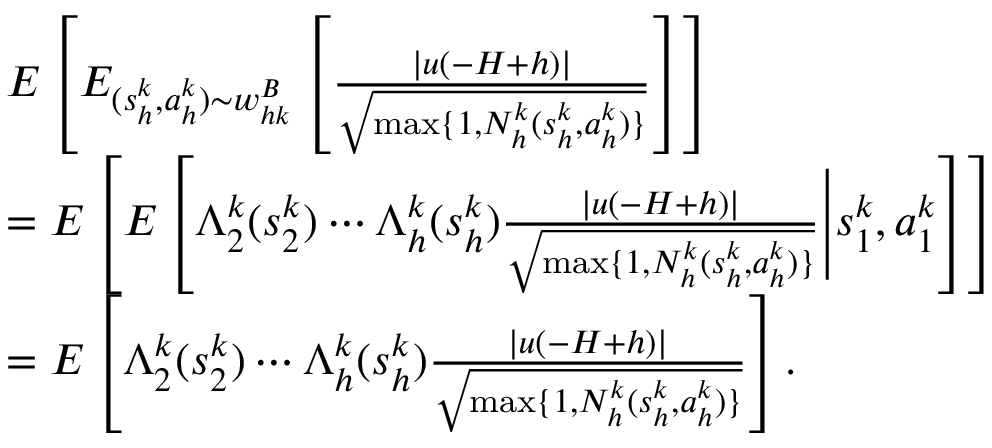
\begin{array} { r l } & { E \left[ E _ { ( s _ { h } ^ { k } , a _ { h } ^ { k } ) \sim w _ { h k } ^ { B } } \left[ \frac { \vert u ( - H + h ) \vert } { \sqrt { \operatorname* { m a x } \{ 1 , N _ { h } ^ { k } ( s _ { h } ^ { k } , a _ { h } ^ { k } ) \} } } \right] \right] } \\ & { = E \left[ E \left[ \Lambda _ { 2 } ^ { k } ( s _ { 2 } ^ { k } ) \cdots \Lambda _ { h } ^ { k } ( s _ { h } ^ { k } ) \frac { \vert u ( - H + h ) \vert } { \sqrt { \operatorname* { m a x } \{ 1 , N _ { h } ^ { k } ( s _ { h } ^ { k } , a _ { h } ^ { k } ) \} } } \Bigg \vert s _ { 1 } ^ { k } , a _ { 1 } ^ { k } \right] \right] } \\ & { = E \left[ \Lambda _ { 2 } ^ { k } ( s _ { 2 } ^ { k } ) \cdots \Lambda _ { h } ^ { k } ( s _ { h } ^ { k } ) \frac { \vert u ( - H + h ) \vert } { \sqrt { \operatorname* { m a x } \{ 1 , N _ { h } ^ { k } ( s _ { h } ^ { k } , a _ { h } ^ { k } ) \} } } \right] . } \end{array}